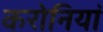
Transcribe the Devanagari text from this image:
करोनियां